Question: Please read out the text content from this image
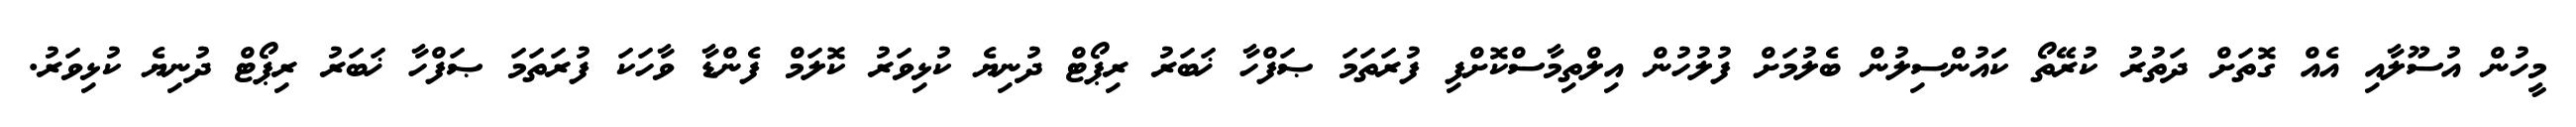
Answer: މީހުން އުސޫލާއި އެއް ގޮތަށް ދަތުރު ކުރޭތޯ ކަައުންސިލުން ބެލުމަށް ފުލުހުން އިލްތިމާސްކޮށްފި ފުރަތަމަ ޞަފްހާ ޚަބަރު ރިޕޯޓް ދުނިޔެ ކުޅިވަރު ކޮލަމް ފެންޑާ ވާހަކަ ފުރަތަމަ ޞަފްހާ ޚަބަރު ރިޕޯޓް ދުނިޔެ ކުޅިވަރު.